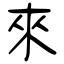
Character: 來